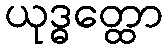
ယုဒ္ဓတ္ထော